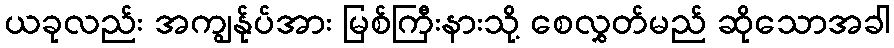
ယခုလည်း အကျွန်ုပ်အား မြစ်ကြီးနားသို့ စေလွှတ်မည် ဆိုသောအခါ